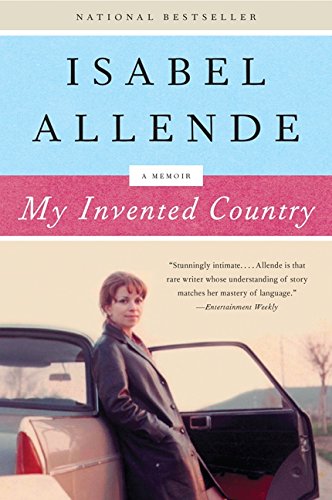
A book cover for My Invented Country: A Memoir; Isabel Allende; Travel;